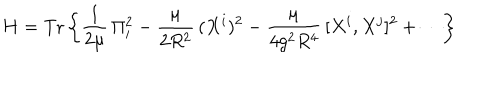
LaTeX: H = \mathrm { T r } \left\{ \frac { 1 } { 2 \mu } \, \Pi _ { i } ^ { 2 } - \frac { \mu } { 2 R ^ { 2 } } \, ( X ^ { i } ) ^ { 2 } - \frac { \mu } { 4 g ^ { 2 } R ^ { 4 } } \, [ X ^ { i } , X ^ { j } ] ^ { 2 } + \cdots \right\}